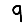
Digit: 9